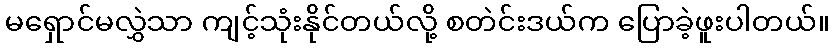
မရှောင်မလွှဲသာ ကျင့်သုံးနိုင်တယ်လို့ စတဲင်းဒယ်က ပြောခဲ့ဖူးပါတယ်။